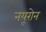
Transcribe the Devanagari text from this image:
नयूरोन